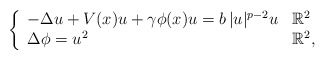
\begin{align*}\left\{\begin{array}{ll}- \Delta u + V(x)u + \gamma\phi(x)u = b\, |u|^{p-2}u& \mathbb{R}^2\\ \Delta \phi = u^2& \mathbb{R}^2, \end{array}\right.\end{align*}